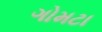
ગોમટા